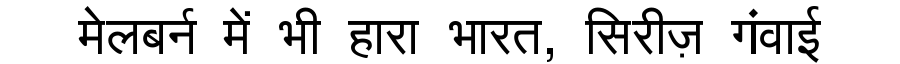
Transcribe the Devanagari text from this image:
मेलबर्न में भी हारा भारत, सिरीज़ गंवाई